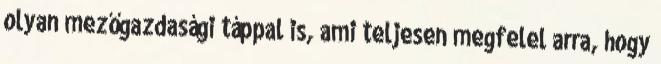
olyan mezőgazdasági táppal is, ami teljesen megfelel arra, hogy